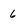
Character: 6